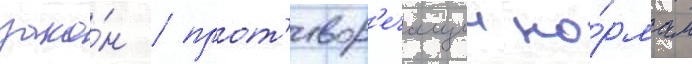
зако́н / прот'ивор'ечащии но́рмам